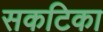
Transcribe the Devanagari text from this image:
सकटिका